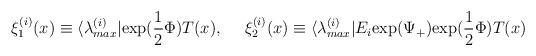
LaTeX: \begin{align*}\xi_1^{(i)} (x) \equiv \langle \lambda_{max}^{(i)} | {\rm exp(}\frac{1}{2} \Phi) T(x),{}~~~~\xi_2^{(i)} (x) \equiv \langle \lambda_{max}^{(i)}|E_i{\rm exp(}\Psi_+) {\rm exp(} \frac{1}{2} \Phi) T(x)\end{align*}